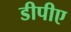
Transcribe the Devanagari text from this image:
डीपीए